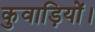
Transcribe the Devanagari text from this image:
कुवाड़ियों।